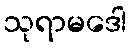
သုရာမဒေါ